Civil Veterinary Dept. Bombay admin report 1923-31 - 1923-1931
Year: 1923
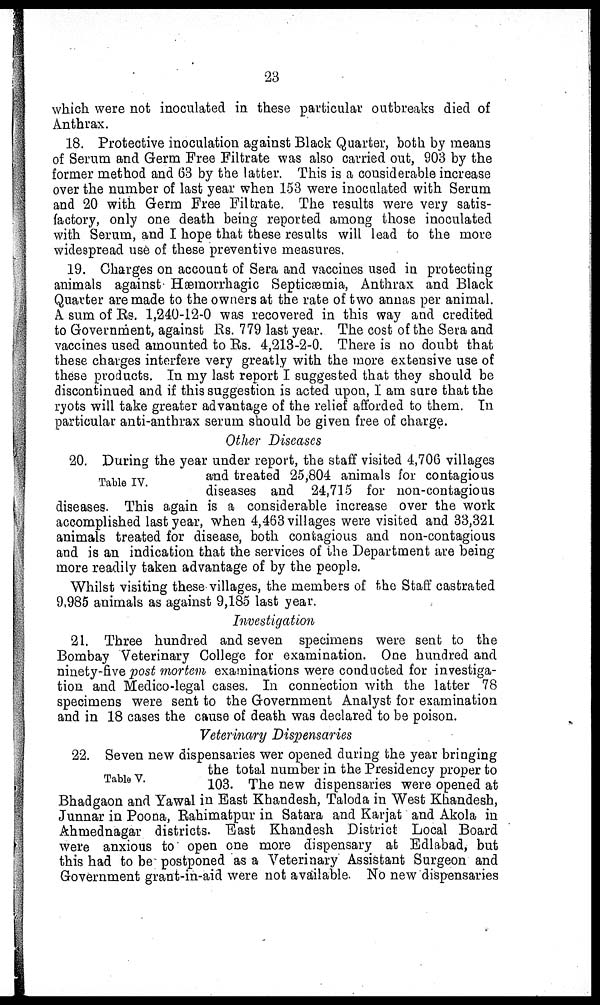
23
which were not inoculated in these particular outbreaks died of
Anthrax.
18. Protective inoculation against Black Quarter, both by means
of Serum and Germ Free Filtrate was also carried out, 903 by the
former method and 63 by the latter. This is a considerable increase
over the number of last year when 153 were inoculated with Serum
and 20 with Germ Free Filtrate. The results were very satis-
factory, only one death being reported among those inoculated
with Serum, and I hope that these results will lead to the more
widespread use of these preventive measures.
19. Charges on account of Sera and vaccines used in protecting
animals against Hemorrhagic Septicaemia, Anthrax and Black
Quarter are made to the owners at the rate of two annas per animal.
A sum of Rs. 1,240-12-0 was recovered in this way and credited
to Government, against Rs. 779 last year. The cost of the Sera and
vaccines used amounted to Rs. 4,213-2-0. There is no doubt that
these charges interfere very greatly with the more extensive use of
these products. In my last report I suggested that they should be
discontinued and if this suggestion is acted upon, I am sure that the
ryots will take greater advantage of the relief afforded to them. In
particular anti-anthrax serum should be given free of charge.
Other Diseases
Table IV.
20. During the year under report, the staff visited 4,706 villages
and treated 25,804 animals for contagious
diseases and 24,715 for non-contagious
diseases. This again is a considerable increase over the work
accomplished last year, when 4,463 villages were visited and 33,321
animals treated for disease, both contagious and non-contagious
and is an indication that the services of the Department are being
more readily taken advantage of by the people.
Whilst visiting these villages, the members of the Staff castrated
9,985 animals as against 9,185 last year.
Investigation
21. Three hundred and seven specimens were sent to the
Bombay Veterinary College for examination. One hundred and
ninety-five post mortem examinations were conducted for investiga-
tion and Medico-legal cases. In connection with the latter 78
specimens were sent to the Government Analyst for examination
and in 18 cases the cause of death was declared to be poison.
Veterinary Dispensaries
Table V.
22. Seven new dispensaries wer opened during the year bringing
the total number in the Presidency proper to
103. The new dispensaries were opened at
Bhadgaon and Yawal in East Khandesh, Taloda in West Khandesh,
Junnar in Poona, Rahimatpur in Satara and Karjat and Akola in
Ahmednagar districts. East Khandesh District Local Board
were anxious to open one more dispensary at Edlabad, but
this had to be postponed as a Veterinary Assistant Surgeon and
Government grant-in-aid were not available. No new dispensaries